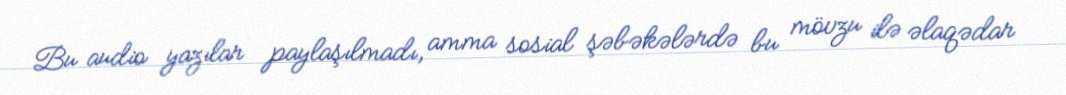
Bu audio yazılar paylaşılmadı, amma sosial şəbəkələrdə bu mövzu ilə əlaqədar